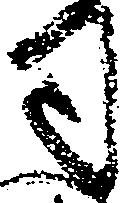
司